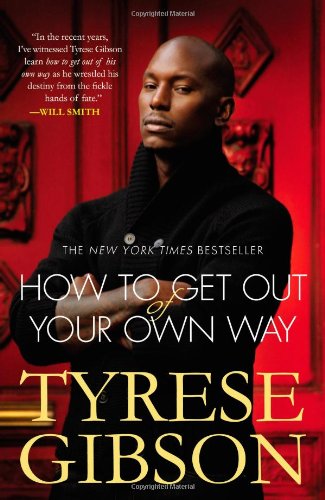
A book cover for How to Get Out of Your Own Way; Tyrese Gibson; Biographies & Memoirs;